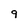
Character: 9